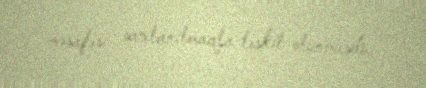
məsafəsi saxlanılmaqla təşkil olunmuşdu.